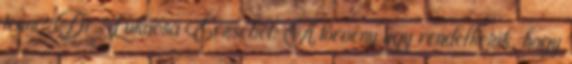
tenni? Dr. Lukácsa Erzsébet: A törvény úgy rendelkezik, hogy